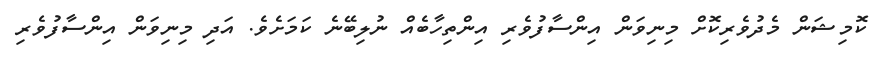
ކޮމިޝަން މެދުވެރިކޮށް މިނިވަން އިންސާފުވެރި އިންތިހާބެއް ނުލިބޭނެ ކަމަށެވެ. އަދި މިނިވަން އިންސާފުވެރި